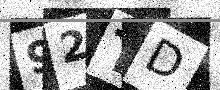
Text: 92TD